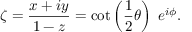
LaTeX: \zeta = { \frac { x + i y } { 1 - z } } = \cot \left( { \frac { 1 } { 2 } } \theta \right) \; e ^ { i \phi } .